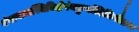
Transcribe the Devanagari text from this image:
गंगायामस्थिनिक्षेपंनकुर्यादितिगौतमः